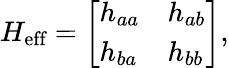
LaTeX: H_{\textrm{eff}}=\left[\begin{array}{ll}{h_{aa}}&{h_{ab}}\\ {h_{ba}}&{h_{bb}}\end{array}\right],